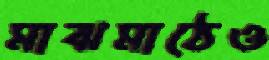
মাঝমাঠেও